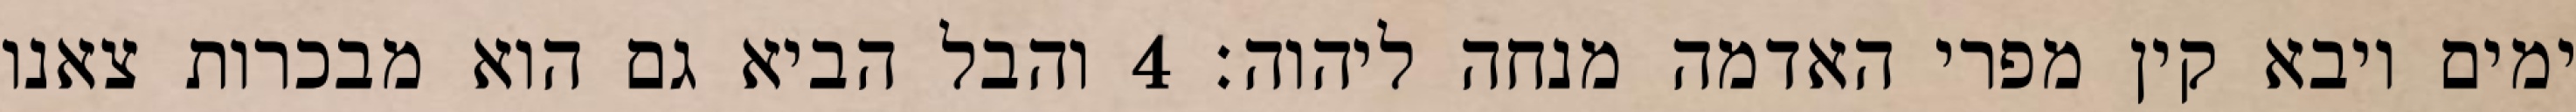
ימים ויבא קין מפרי האדמה מנחה ליהוה׃ ‎4‏ והבל הביא גם הוא מבכרות צאנו